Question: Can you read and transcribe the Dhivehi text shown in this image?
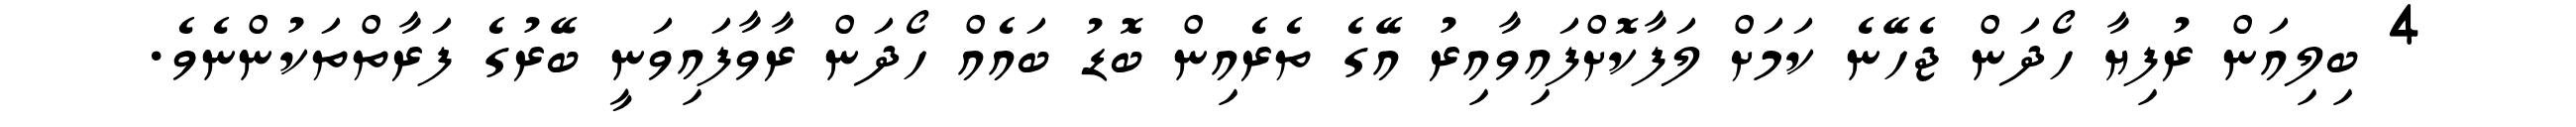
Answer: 4 ބިލިއަން ރުފިޔާ ހޯދަން ޖެހޭނެ ކަމަށް ލަފާކޮށްފައިވާއިރު އޭގެ ތެރެއިން ބޮޑު ބައެއް ހޯދަން ރާވާފައިވަނީ ބޭރުގެ ފަރާތްތަކުންނެވެ.